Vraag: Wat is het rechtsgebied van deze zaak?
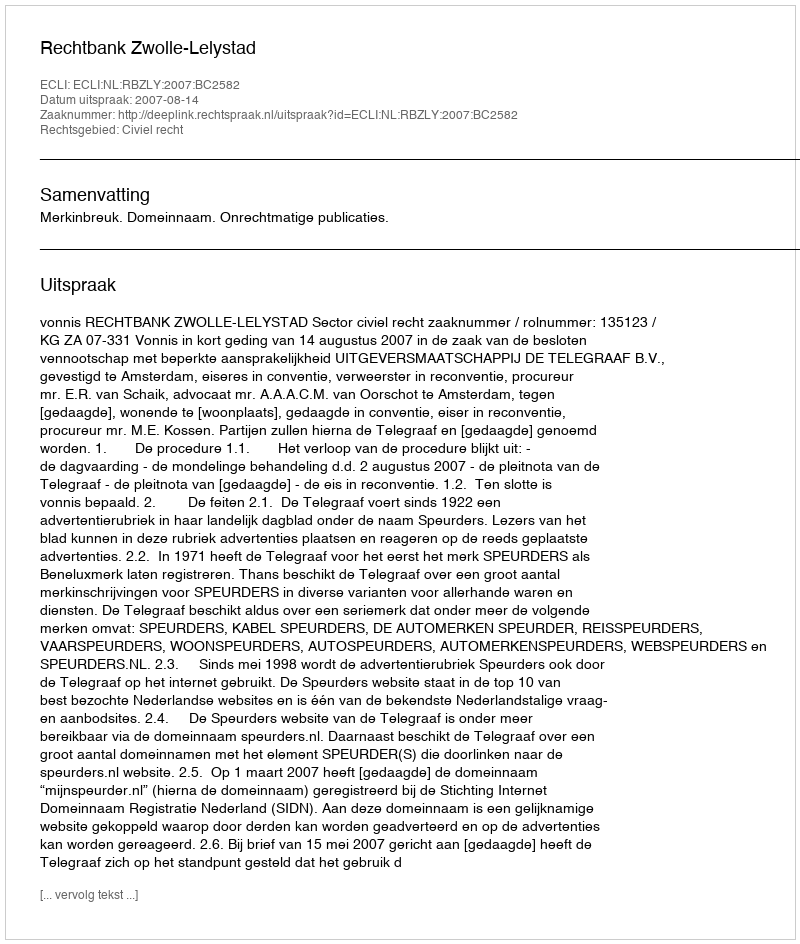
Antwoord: Civiel recht